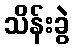
သိန်းခွဲ